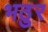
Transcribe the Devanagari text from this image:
भठुर